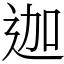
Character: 迦